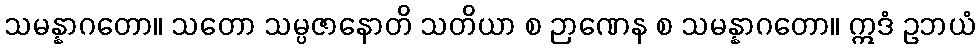
သမန္နာဂတော။ သတော သမ္ပဇာနောတိ သတိယာ စ ဉာဏေန စ သမန္နာဂတော။ ဣဒံ ဥဘယံ